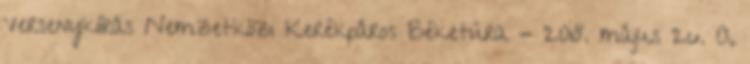
Versenykiírás Nemzetközi Kerékpáros Béketúra - 2018. május 26. A